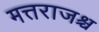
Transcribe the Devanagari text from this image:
मत्तराजश्च